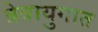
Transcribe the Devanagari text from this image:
त्रेत्रायुगात